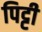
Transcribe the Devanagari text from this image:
पिट्टी